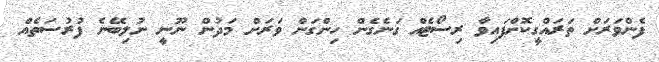
ފެންވަރަށް ތަރައްގީކޮށްފައިވާ ރިސޯޓެއް ގަނެގެން ހިންގަން ވަރަށް މަދުން ނޫނީ ނުލިބޭނެ ފުރުސަތެއް